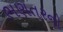
ભણતરનો